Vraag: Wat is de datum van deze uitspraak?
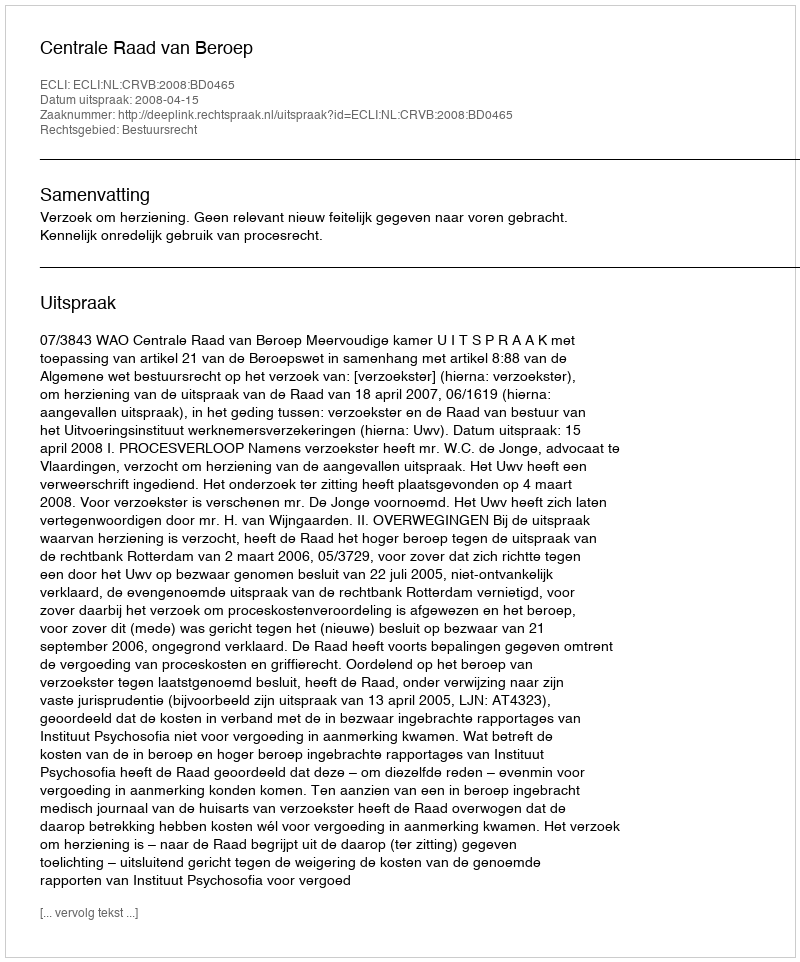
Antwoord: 2008-04-15